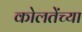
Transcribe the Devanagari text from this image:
कोलतेंच्या